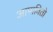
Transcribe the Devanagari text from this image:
आणवितो